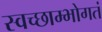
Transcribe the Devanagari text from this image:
स्वच्छाम्भोगतं